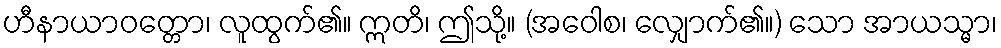
ဟီနာယာဝတ္တော၊ လူထွက်၏။ ဣတိ၊ ဤသို့။ (အဝေါစ၊ လျှောက်၏။) သော အာယသ္မာ၊